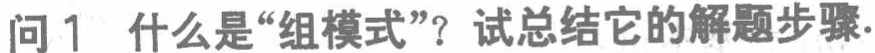
问1 什么是“组模式”？试总结它的解题步骤.